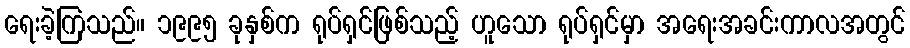
ရေးခဲ့ကြသည်။ ၁၉၉၅ ခုနှစ်က ရုပ်ရှင်ဖြစ်သည့် ဟူသော ရုပ်ရှင်မှာ အရေးအခင်းကာလအတွင်